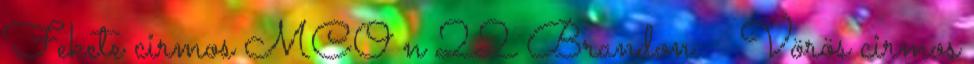
Fekete cirmos MCO n 22 Brandon: ♂ Vörös cirmos